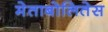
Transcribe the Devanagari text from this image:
मेताबोलितेस